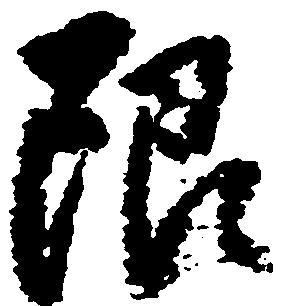
限